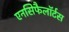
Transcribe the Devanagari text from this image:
एनसिफैलॉर्टस